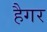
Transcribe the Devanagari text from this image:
हैगर